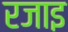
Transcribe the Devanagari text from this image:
रजाइ